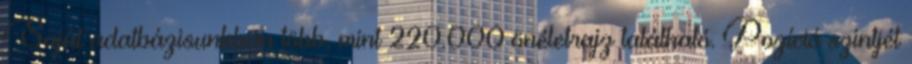
Saját adatbázisunkban több, mint 220.000 önéletrajz található. Pozíció szintjét